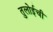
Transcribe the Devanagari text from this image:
तुलोईची